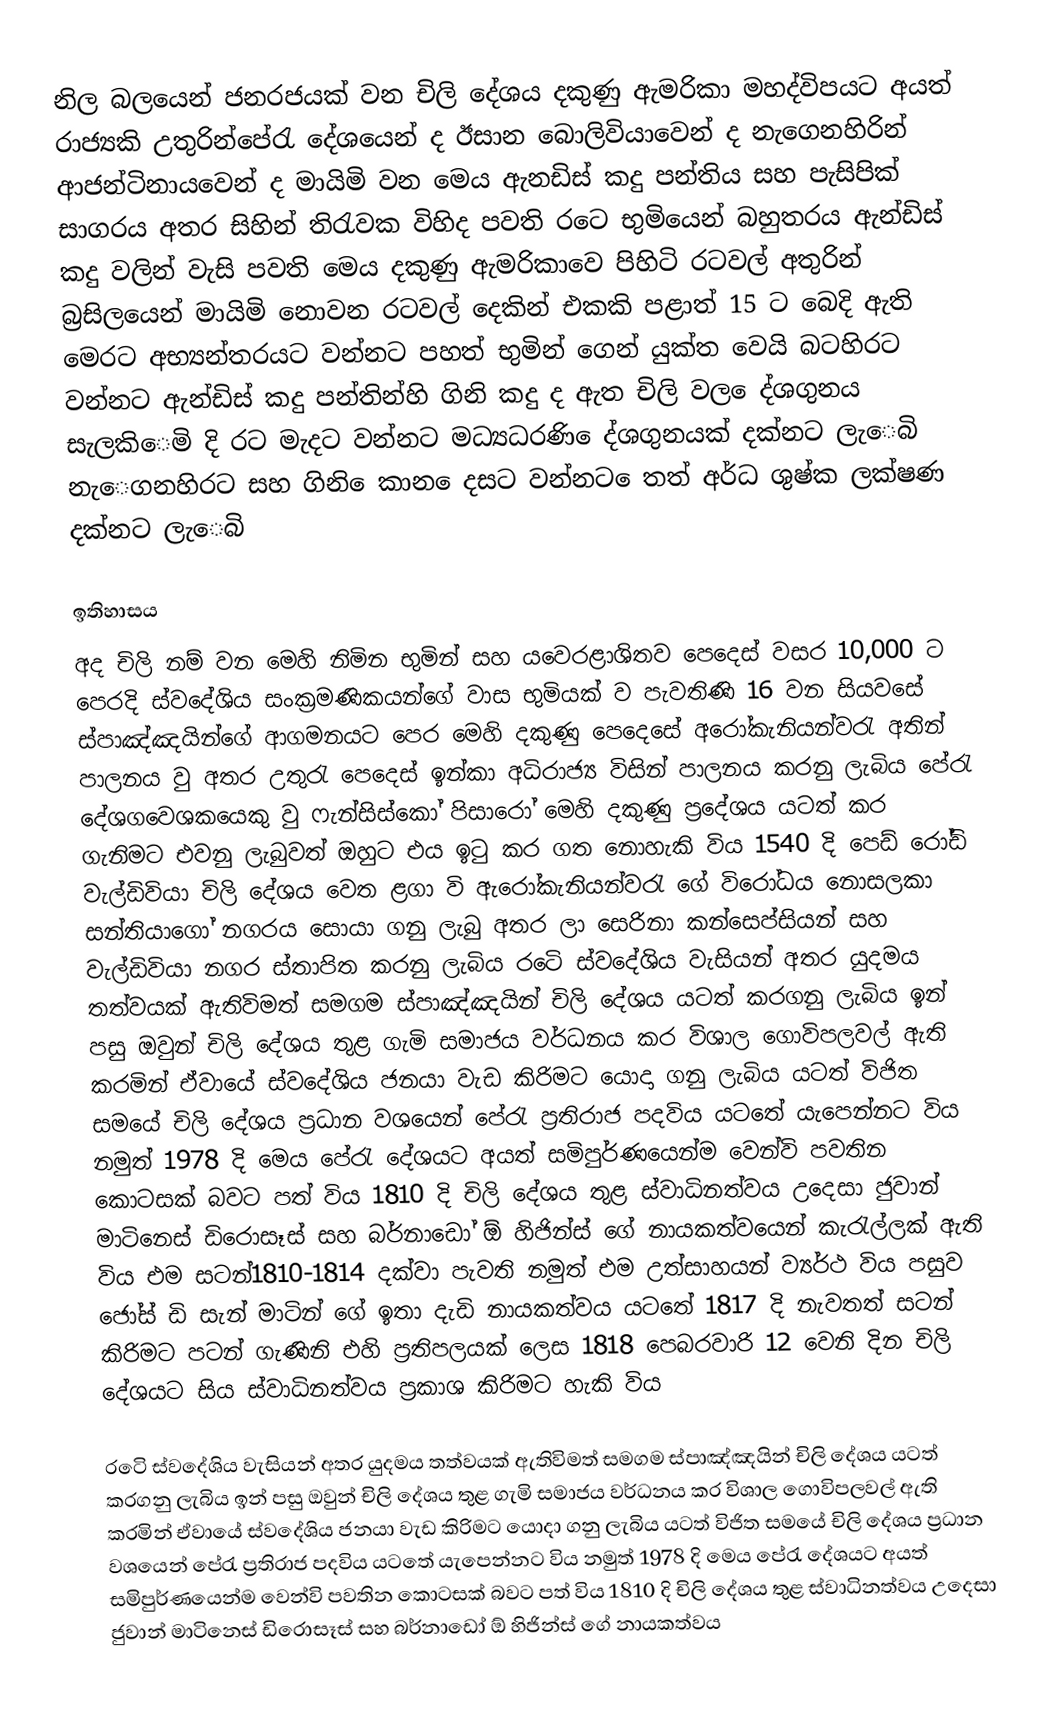
නිල බලයෙන් ජනරජයක් වන චිලි දේශ‍ය දකුණු ඇමරිකා මහද්විපයට අයත් රාජ්‍යකි උතුරින්පේරැ දේශයෙන් ද ඊසාන ‍බොලිවියාවෙන් ද නැගෙනහිරින් ආජන්ටිනායවෙන් ද මායිමි වන මෙය ඇනඩිස් කදු පන්තිය සහ පැසිපික් සාගරය අතර සිහින් තිරැවක විහිද පවති රටෙ භුමියෙන් බහුතරය ඇන්ඩිස් කදු වලින් වැසි පවති මෙය දකුණු ඇමරිකාවෙ පිහිටි රටවල් අතුරින් බ්‍රසිලයෙන් මායිමි නොවන රටවල් දෙකින් එකකි පළාත් 15 ට බෙදි ඇති මෙරට අභ්‍යන්තරයට වන්නට පහත් භුමින් ගෙන් යුක්ත වෙයි බටහිරට වන්නට ඇන්ඩිස් කදු පන්තින්හි ගිනි කදු ද ඇත චිලි වල ෙද්ශගුනය සැලකිෙමි දි රට මැදට වන්නට මධ්‍යධරණි ෙද්ශගුනයක් දක්නට ලැෙබි නැෙගනහිරට සහ ගිනි ෙකාන ෙදසට වන්නට ෙතත් අර්ධ ශුෂ්ක ලක්ෂණ දක්නට ලැෙබි

ඉතිහාසය
අද චිලි නම් වන මෙහි නිමින භුමින් සහ යවෙරළාශිතව පෙදෙස් වසර 10,000 ට පෙරදි ස්වදේශිය සංක්‍රමණිකයන්ගේ වාස භුමියක් ව පැවතිණි 16 වන සියවසේ ස්පාඤ්ඤයින්ගේ ආගමනයට පෙර මෙහි දකුණු පෙදෙසේ අරෝකැනියන්වරැ අතින් පාලනය වු අතර උතුරැ පෙදෙස් ඉන්කා අධිරාජ්‍ය විසින් පාලනය කරනු ලැබිය පේරැ දේශගවෙශක‍යෙකු වු ‍ෆැන්සිස්කෝ පිසාරෝ මෙහි දකුණු ප්‍රදේශය යටත් කර ගැනිමට එවනු ලැබුවත් ඔහුට එය ඉටු කර ගත නොහැකි විය 1540 දි පෙඩ් රෝඩි වැල්ඩිවියා චිලි දේශය වෙත ළගා වි ඇරෝකැනියන්වරැ ගේ විරෝධය නොසලකා සන්තියාගෝ නගරය සොයා ගනු ලැබු අතර ලා සෙරිනා කන්සෙප්සියන් සහ වැල්ඩිවියා නගර ස්තාපිත කරනු ලැබිය රටෙි ස්වදේශිය වැසියන් අතර යුදමය තත්වයක් ඇතිවිමත් සමගම ස්පාඤ්ඤයින් චිලි දේශය යටත් කරගනු ලැබිය ඉන් පසු ‍ඔවුන් චිලි දේශය තුළ ගැමි සමාජය වර්ධනය කර විශාල ගොවිපලවල් ඇති කරමින් ඒවායේ ස්වදේශිය ජනයා වැඩ කිරිමට යොදා ගනු ලැබිය යටත් විජිත සමයේ චිලි දේශය ප්‍රධාන වශයෙන් පේරැ ප්‍රතිරාජ පදවිය යටතේ යැපෙන්නට විය නමුත් 1978 දි මෙය පේරැ දේශයට අයත් සමිපුර්ණයෙන්ම වෙන්වි පවතින කොටසක් බවට පත් විය 1810 දි චිලි දේශය තුළ ස්වාධිනත්වය ‍උදෙසා ජුවාන් මාටිනෙස් ඩිරොසෑස් සහ බර්නාඩෝ ‍ඕ හිජින්ස් ගේ නායකත්වයෙන් කැරැල්ලක් ඇති විය එම සටන්1810-1814 දක්වා පැවති නමුත් එම උත්සාහයන් ව්‍යර්ථ විය පසුව ජෝස් ඩි සැන් මාටින් ගේ ඉතා දැඩි නායකත්වය යටතේ 1817 දි නැවතත් සටන් කිරිමට පටන් ගැණිනි එහි ප්‍රතිපලයක් ලෙස 1818 පෙබරවාරි 12 වෙනි දින චිලි දේශයට සිය ස්වාධිනත්වය ප්‍රකාශ කිරිමට හැකි විය

රටෙි ස්වදේශිය වැසියන් අතර යුදමය තත්වයක් ඇතිවිමත් සමගම ස්පාඤ්ඤයින් චිලි දේශය යටත් කරගනු ලැබිය ඉන් පසු ‍ඔවුන් චිලි දේශය තුළ ගැමි සමාජය වර්ධනය කර විශාල ගොවිපලවල් ඇති කරමින් ඒවායේ ස්වදේශිය ජනයා වැඩ කිරිමට යොදා ගනු ලැබිය යටත් විජිත සමයේ චිලි දේශය ප්‍රධාන වශයෙන් පේරැ ප්‍රතිරාජ පදවිය යටතේ යැපෙන්නට විය නමුත් 1978 දි මෙය පේරැ දේශයට අයත් සමිපුර්ණයෙන්ම වෙන්වි පවතින කොටසක් බවට පත් විය 1810 දි චිලි දේශය තුළ ස්වාධිනත්වය ‍උදෙසා ජුවාන් මාටිනෙස් ඩිරොසෑස් සහ බර්නාඩෝ ‍ඕ හිජින්ස් ගේ නායකත්වය